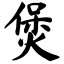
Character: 煲